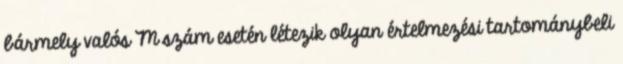
bármely valós M szám esetén létezik olyan értelmezési tartománybeli